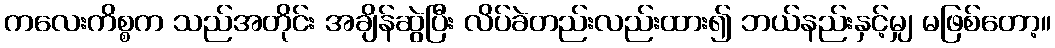
ကလေးကိစ္စက သည်အတိုင်း အချိန်ဆွဲပြီး လိပ်ခဲတည်းလည်းထား၍ ဘယ်နည်းနှင့်မျှ မဖြစ်တော့။